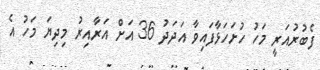
ފެބުރުއަރީ މަހު ހުށަހަޅާފައިވާ އަދަދު 36 އަށް އަރާއިރު މިދިޔަ މަހު އެ